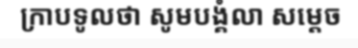
ក្រាបទូលថា សូមបង្គំលា សម្តេច